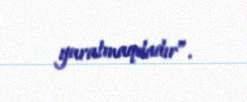
yaratmaqdadır”.